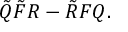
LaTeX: \tilde { Q } \tilde { F } R - \tilde { R } F Q .